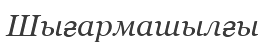
Шығармашылғы